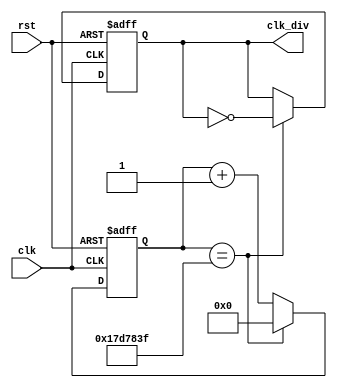
module clk_divider(
	input clk, rst,
	output reg clk_div
);

reg[31:0]  counter;
localparam target = 25000000;

always@(posedge clk or negedge rst)
begin
	if(rst == 0)
		counter <= 0;
	else if(counter == target-1)
		counter = 0;
	else
		counter = counter + 32'b1;
end

always@(posedge clk or negedge rst)
begin
	if(rst == 0)
		clk_div = 1'b0;
	else if(counter == target-1)
		clk_div = ~clk_div;
	else
		clk_div = clk_div;
end
endmodule